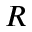
\boldsymbol { R }